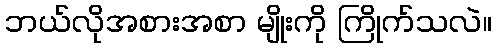
ဘယ်လိုအစားအစာ မျိုးကို ကြိုက်သလဲ။